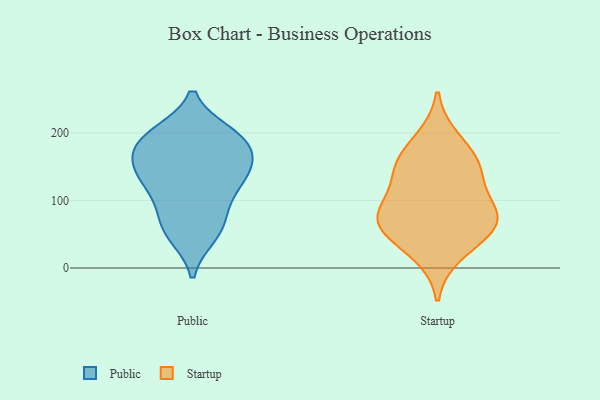
{"axis": {"x": "LTV (USD)", "y": "Value"}, "legend": ["Public", "Startup"], "data": [{"x": "", "y": 145, "type": "Public"}, {"x": "", "y": 67, "type": "Public"}, {"x": "", "y": 78, "type": "Public"}, {"x": "", "y": 50, "type": "Public"}, {"x": "", "y": 188, "type": "Public"}, {"x": "", "y": 118, "type": "Public"}, {"x": "", "y": 48, "type": "Public"}, {"x": "", "y": 137, "type": "Public"}, {"x": "", "y": 105, "type": "Public"}, {"x": "", "y": 184, "type": "Public"}, {"x": "", "y": 199, "type": "Public"}, {"x": "", "y": 129, "type": "Public"}, {"x": "", "y": 197, "type": "Public"}, {"x": "", "y": 197, "type": "Public"}, {"x": "", "y": 165, "type": "Public"}, {"x": "", "y": 162, "type": "Public"}, {"x": "", "y": 150, "type": "Public"}, {"x": "", "y": 105, "type": "Startup"}, {"x": "", "y": 63, "type": "Startup"}, {"x": "", "y": 21, "type": "Startup"}, {"x": "", "y": 191, "type": "Startup"}, {"x": "", "y": 150, "type": "Startup"}, {"x": "", "y": 155, "type": "Startup"}, {"x": "", "y": 80, "type": "Startup"}, {"x": "", "y": 72, "type": "Startup"}, {"x": "", "y": 51, "type": "Startup"}, {"x": "", "y": 145, "type": "Startup"}, {"x": "", "y": 75, "type": "Startup"}]}